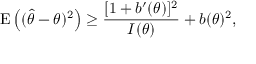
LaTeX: \operatorname { E } \left( ( { \hat { \theta } } - \theta ) ^ { 2 } \right) \geq { \frac { [ 1 + b ^ { \prime } ( \theta ) ] ^ { 2 } } { I ( \theta ) } } + b ( \theta ) ^ { 2 } ,